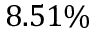
8 . 5 1 \%